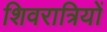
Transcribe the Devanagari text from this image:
शिवरात्रियों